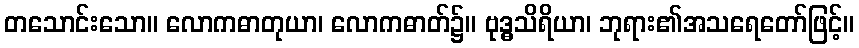
တသောင်းသော။ လောကဓာတုယာ၊ လောကဓာတ်၌။ ဗုဒ္ဓသိရိယာ၊ ဘုရား၏အသရေတော်ဖြင့်။